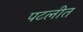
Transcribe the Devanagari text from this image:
पटलीत